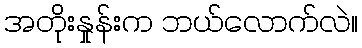
အတိုးနှုန်းက ဘယ်လောက်လဲ။